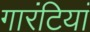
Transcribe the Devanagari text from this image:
गारंटियां